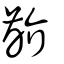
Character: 齘